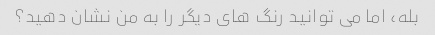
بله، اما می توانید رنگ های دیگر را به من نشان دهید؟